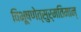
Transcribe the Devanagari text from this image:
विभूषणेत्सुर्मतिमान्